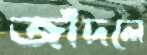
জাঁদলে